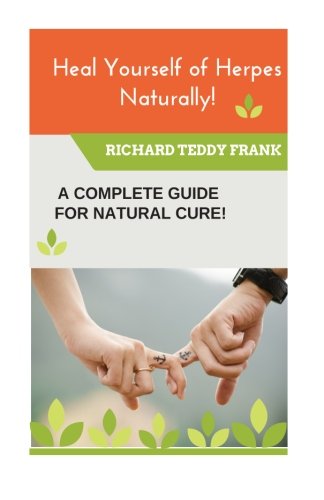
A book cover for Heal Yourself of Herpes Naturally!: A Complete Guide for a Natural Cure!; Richard Teddy Frank; Health, Fitness & Dieting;